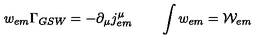
w _ { e m } \Gamma _ { G S W } = - \partial _ { \mu } j _ { e m } ^ { \mu } \qquad \int w _ { e m } = { \cal { W } } _ { e m } \nonumber { } \,